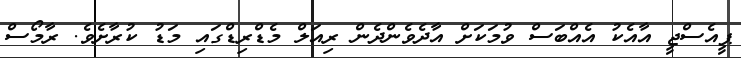
ޕީއެސްޖީ އާއެކު އެއްބަސް ވުމަކަށް އާދެވެންދެން ރިއަލް މެޑްރިޑްގައި މަޑު ކުރާށެވެ. ރާމޯސް